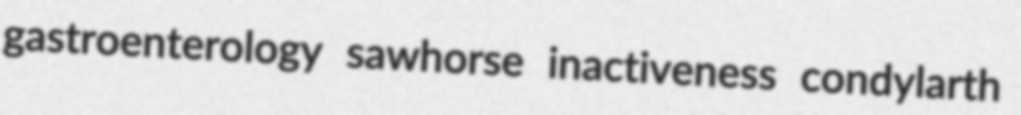
gastroenterology sawhorse inactiveness condylarth